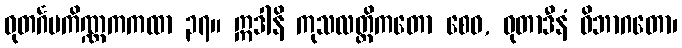
ဓုတင်္ဂပကိဏ္ဏကကထာ ၃၇။ ဣဒါနိ ကုသလတ္တိကတော စေဝ, ဓုတာဒီနံ ဝိဘာဂတော၊